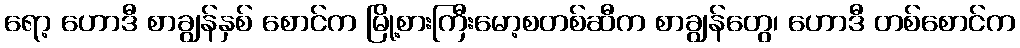
ရော့ ဟောဒီ စာချွန်နှစ် စောင်က မြို့စားကြီးမော့စတစ်ဆီက စာချွန်တွေ၊ ဟောဒီ တစ်စောင်က